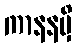
ကာနနမှိ